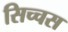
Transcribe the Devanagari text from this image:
सिच्चस